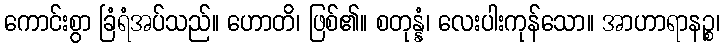
ကောင်းစွာ ခြံရံအပ်သည်။ ဟောတိ၊ ဖြစ်၏။ စတုန္နံ၊ လေးပါးကုန်သော။ အာဟာရာနဉ္စ၊